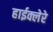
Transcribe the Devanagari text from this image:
हाईक्लेरे